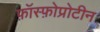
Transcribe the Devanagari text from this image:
फ़ॉस्फ़ोप्रोटीन